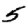
Digit: 5